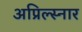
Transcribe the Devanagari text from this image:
अप्रिल्स्नार